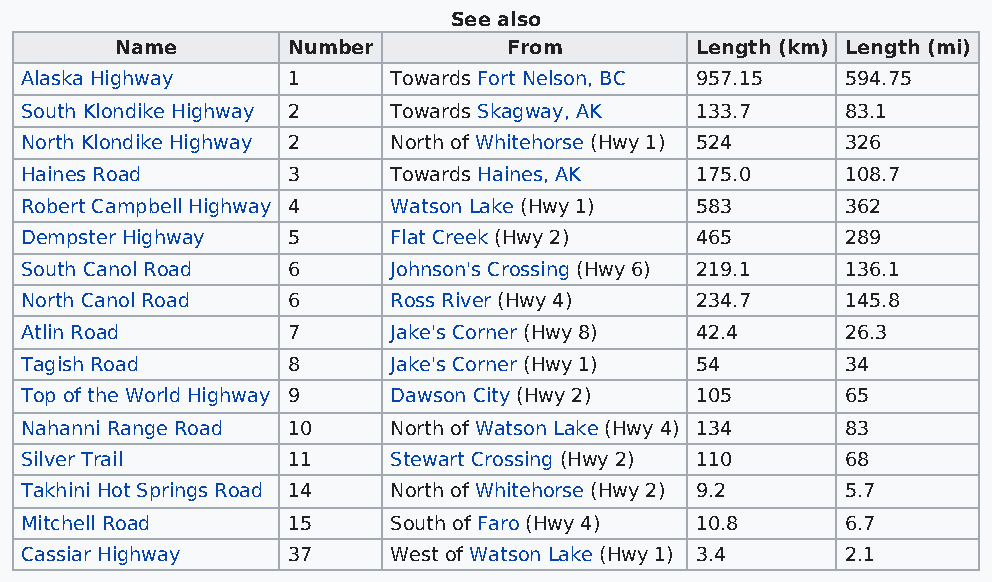
See also
 Name       Number         From        Length (km) Length (mi)
 Alaska Highway    1      Towards Fort Nelson, BC 957.15 594.75
 South Klondike Highway 2 Towards Skagway, AK 133.7     83.1
 North Klondike Highway 2 North of Whitehorse (Hwy 1) 524 326
 Haines Road       3      Towards Haines, AK  175.0     108.7
 Robert Campbell Highway 4 Watson Lake (Hwy 1) 583      362
 Dempster Highway  5      Flat Creek (Hwy 2)  465       289
 South Canol Road  6      Johnson's Crossing (Hwy 6) 219.1 136.1
 North Canol Road  6      Ross River (Hwy 4)  234.7     145.8
 Atlin Road        7      Jake's Corner (Hwy 8) 42.4    26.3
 Tagish Road       8      Jake's Corner (Hwy 1) 54      34
 Top of the World Highway 9 Dawson City (Hwy 2) 105     65
 Nahanni Range Road 10    North of Watson Lake (Hwy 4) 134 83
 Silver Trail      11     Stewart Crossing (Hwy 2) 110  68
 Takhini Hot Springs Road 14 North of Whitehorse (Hwy 2) 9.2 5.7
 Mitchell Road     15     South of Faro (Hwy 4) 10.8    6.7
 Cassiar Highway   37     West of Watson Lake (Hwy 1) 3.4 2.1